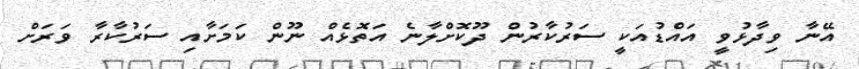
އޭނާ ވިދާޅުވީ އައްޑުއަކީ ސަރުކާރުން ދޫކޮށްލާނެ އަތޮޅެއް ނޫން ކަމަށާއި ސަރުކާރާ ވަރަށް